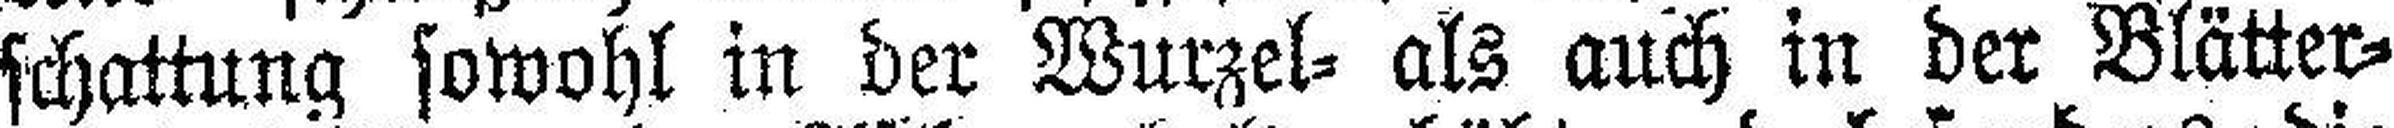
schattung sowohl in der Wurzel- als auch in der Blätter¬